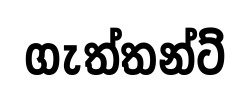
ගැත්තන්ට්